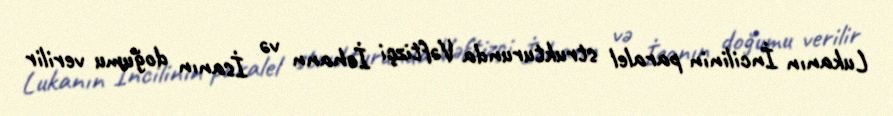
Lukanın İncilinin paralel strukturunda Vəftizçi İohann və İsanın doğumu verilir